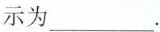
示为\underline